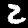
Label: 2